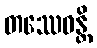
တဿေဝန္တိ